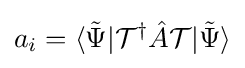
a_{i}=\langle {\tilde {\Psi }}|{\mathcal {T}}^{\dagger }{\hat {A}}{\mathcal {T}}|{\tilde {\Psi }}\rangle